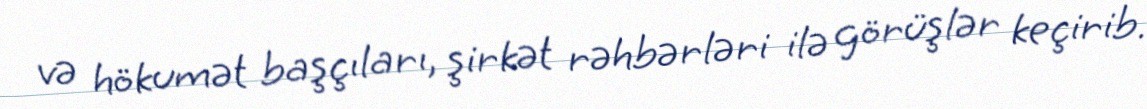
və hökumət başçıları, şirkət rəhbərləri ilə görüşlər keçirib.